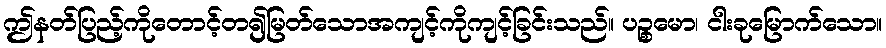
ဤနတ်ပြည့်ကိုတောင့်တ၍မြတ်သောအကျင့်ကိုကျင့်ခြင်းသည်။ ပဉ္စမော၊ ငါးခုမြောက်သော။